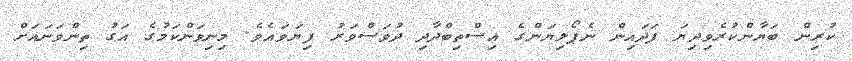
ކުރިން ބަޔާންކުރެވިދިޔަ ފަދައިން ނެޕޯލިޔަންގެ އިސްތިބްދާދި ދުވަސްވަރު ފިޔަވައެވެ. މިނިވަންކަމުގެ އަގު ތިންވަނައަށް